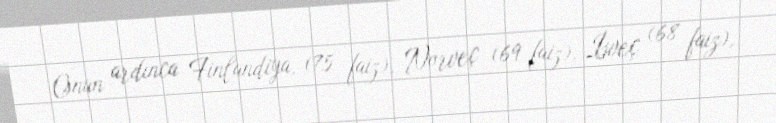
Onun ardınca Finlandiya, (75 faiz), Norveç (69 faiz), İsveç (68 faiz),